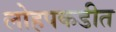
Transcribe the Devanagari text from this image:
लोहपकडीत